Leaving Certificate Examination, 1920
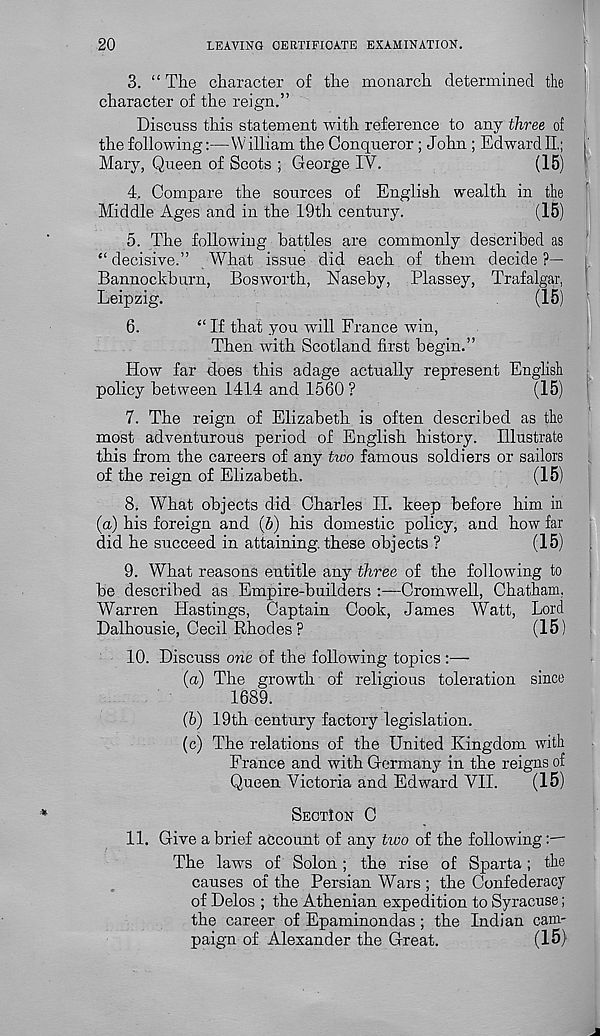
20
LEAVING CERTIFICATE EXAMINATION.
3. “The character of the monarch determined the
character of the reign.”
Discuss this statement with reference to any three of
the following:—William the Conqueror; John ; EdwardlL; i
Mary, Queen of Scots ; George IV.
(15)
4. Compare the sources of English wealth in the
Middle Ages and in the 19th century.
(15)
5. The following battles are commonly described as
“ decisive.” What issue did each of them decide ?—
Bannockburn, Bosworth, Naseby, Plassey, Trafalgar,
Leipzig.
(15)
6.
“ If that you will France win,
Then with Scotland first begin.”
How far does this adage actually represent English
policy between 1414 and 1560 ?
(15)
7. The reign of Elizabeth is often described as the
most adventurous period of English history. Illustrate
this from the careers of any two famous soldiers or sailors
of the reign of Elizabeth.
(15)
8. What objects did Charles II. keep before him in
(a) his foreign and (b) his domestic policy, and how far
did he succeed in attaining, these obj ects ?
(15)
9. What reasons entitle any three of the following to
be described as Empire-builders :—Cromwell, Chatham,
Warren Hastings, Captain Cook, James Watt, Lord
Dalhousie, Cecil Rhodes ?
(15)
10. Discuss one of the following topics :—
(а) The growth of religious toleration since
1689.
(б) 19th century factory legislation.
(c) The relations of the United Kingdom with
France and with Germany in the reigns of
Queen Victoria and Edward VII.
(15)
SECTION C
11. Give a brief account of any two of the following
The laws of Solon; the rise of Sparta; the
causes of the Persian Wars ; the Confederacy
of Delos ; the Athenian expedition to Syracuse;
the career of Epaminondas; the Indian cam-
paign of Alexander the Great.
(15)